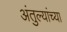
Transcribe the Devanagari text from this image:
अंतुल्यांच्या